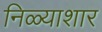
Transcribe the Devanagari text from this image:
निळ्याशार